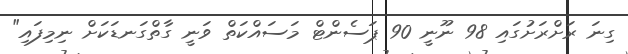
ގިނަ ރަށްރަށުގައި 98 ނޫނީ 90 ޕަސެންޓް މަސައްކަތް ވަނީ ގާތްގަނޑަކަށް ނިމިފައި"